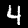
Digit: 4